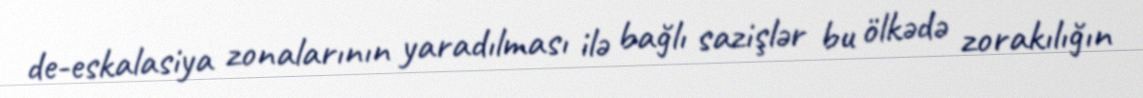
de-eskalasiya zonalarının yaradılması ilə bağlı sazişlər bu ölkədə zorakılığın